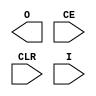
// $Header: /devl/xcs/repo/env/Databases/CAEInterfaces/xec_libs/data/unisims/BUFR.v,v 1.4 2010/11/23 20:37:36 vandanad Exp $
///////////////////////////////////////////////////////////////////////////////
// Copyright (c) 1995/2004 Xilinx, Inc.
// All Right Reserved.
///////////////////////////////////////////////////////////////////////////////
//   ____  ____
//  /   /\/   /
// /___/  \  /    Vendor : Xilinx
// \   \   \/     Version : 13.i (O.14)
//  \   \         Description : Xilinx Formal Library Component
//  /   /                  Regional Clock Buffer
// /___/   /\     Filename : BUFR.v
// \   \  /  \    Timestamp : Thu Mar 25 16:43:43 PST 2004
//  \___\/\___\
//
// Revision:
//    03/23/04 - Initial version.
// End Revision

`timescale  1 ps / 1 ps

module BUFR (O, CE, CLR, I);

    output O;

    input CE;
    input CLR;
    input I;

    parameter BUFR_DIVIDE = "BYPASS";
    parameter SIM_DEVICE = "VIRTEX4";

    
endmodule // BUFR